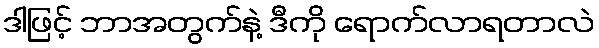
ဒါဖြင့် ဘာအတွက်နဲ့ ဒီကို ရောက်လာရတာလဲ